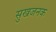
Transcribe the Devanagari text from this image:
सुखजनक